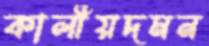
কালীয়দমন